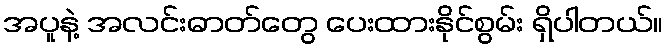
အပူနဲ့ အလင်းဓာတ်တွေ ပေးထားနိုင်စွမ်း ရှိပါတယ်။